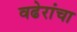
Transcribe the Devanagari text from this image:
वढेरांचा